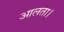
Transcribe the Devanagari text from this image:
आलता।